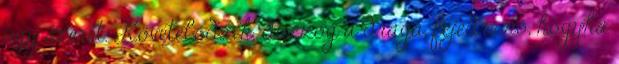
úgy szeret. Követelődzik, duzzog a drága, fejedre nő, hogyha